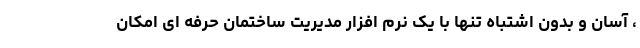
، آسان و بدون اشتباه تنها با یک نرم افزار مدیریت ساختمان حرفه ای امکان